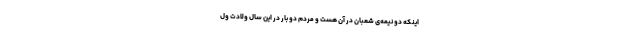
اینکه دو نیمه‌ی شعبان در آن هست و مردم دو بار در این سال ولادت ول